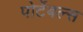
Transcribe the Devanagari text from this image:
पोर्टेबल्स